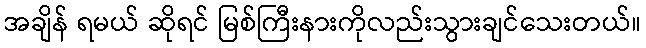
အချိန် ရမယ် ဆိုရင် မြစ်ကြီးနားကိုလည်းသွားချင်သေးတယ်။